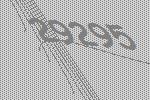
29295